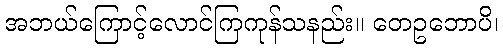
အဘယ်ကြောင့်လောင်ကြကုန်သနည်း။ တေဥဘောပိ၊